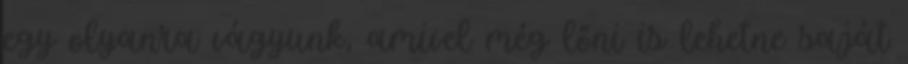
egy olyanra vágyunk, amivel még lőni is lehetne saját